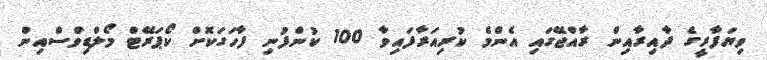
ވިޔަފާރީގެ ދާއިރާއިން ރާއްޖޭގައި އެންމެ ކުރިއަރާފައިވާ 100 ކުންފުނި ފާހަގަކޮށް ކޯޕަރޭޓް މޯލްޑިވްސްއިން